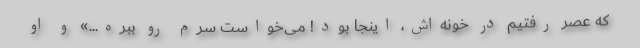
که عصر رفتیم در خونه‌اش، اینجا بود! می‌خواست سرم رو ببُره...» و او